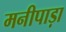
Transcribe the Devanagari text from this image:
मनीपाड़ा